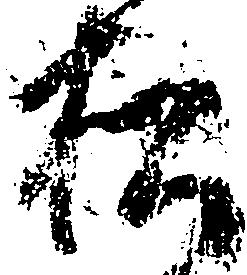
松